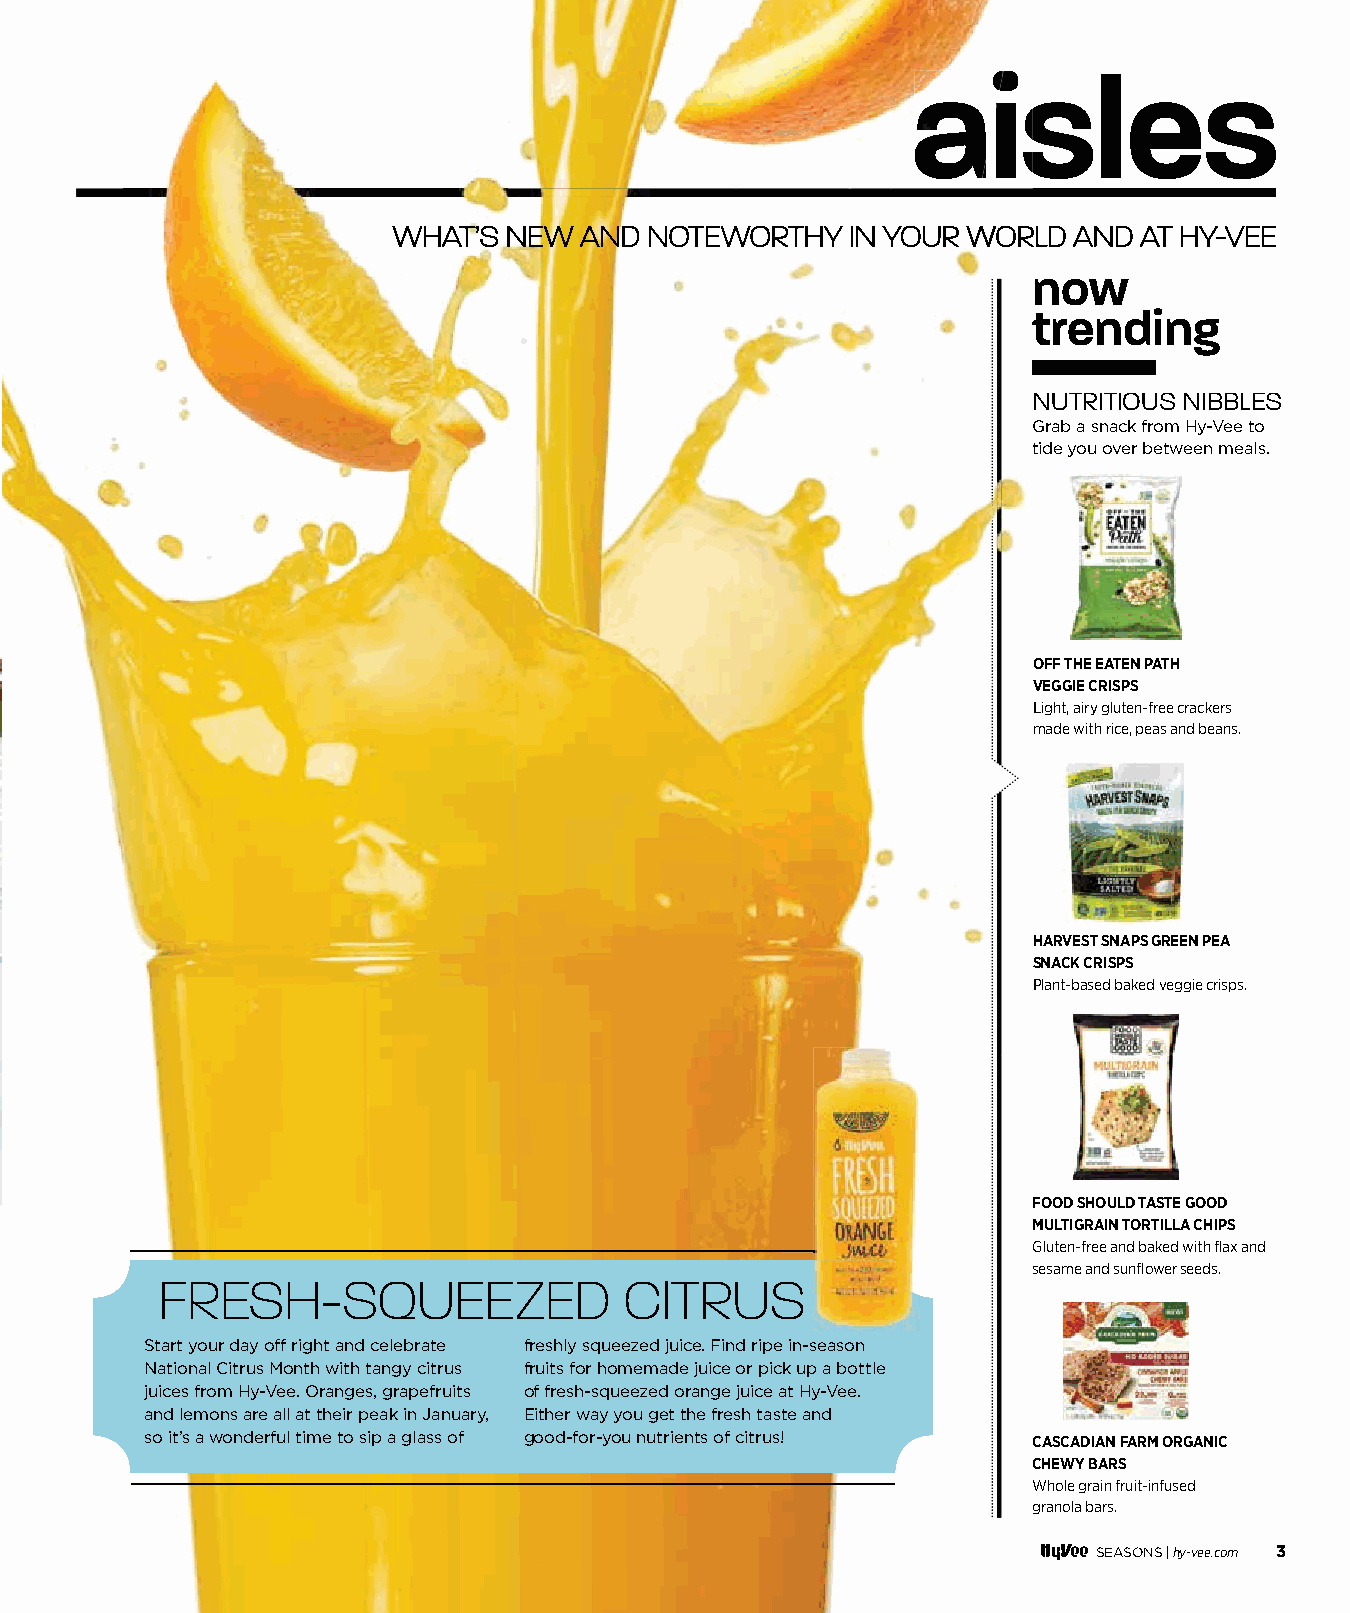
aaaiiisssllleeesss
 WWHHAATT’’SS NNEEWW AANNDD NNOOTTEEWWOORRTTHHYY IINN YYOOUURR WWOORRLLDD AANNDD AATT HHYY--VVEEEE
 now
 trending
 NUTRITIOUS NIBBLES
 Grab a snack from Hy-Vee to
 tide you over between meals.
 OFF THE EATEN PATH
 VEGGIE CRISPS
 Light, airy gluten-free crackers
 made with rice, peas and beans.
 HARVEST SNAPS GREEN PEA
 SNACK CRISPS
 Plant-based baked veggie crisps.
 FOOD SHOULD TASTE GOOD
 MULTIGRAIN TORTILLA CHIPS
 Gluten-free and baked with fl ax and
 sesame and sunfl ower seeds.
 FRESH-SQUEEZED                CITRUS
 Start your day off right and celebrate freshly squeezed juice. Find ripe in-season
 National Citrus Month with tangy citrus fruits for homemade juice or pick up a bottle
 juices from Hy-Vee. Oranges, grapefruits of fresh-squeezed orange juice at Hy-Vee.
 and lemons are all at their peak in January, Either way you get the fresh taste and
 so it’s a wonderful time to sip a glass of good-for-you nutrients of citrus! CASCADIAN FARM ORGANIC
 CHEWY BARS
 Whole grain fruit-infused
 granola bars.
 SEASONS |hy-vee.com 3
 000022--000077 AAiisslleess__1111..2299..iinndddd 33                             1111//3300//2211 88::5522 AAMM